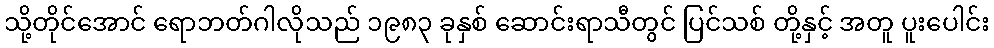
သို့တိုင်အောင် ရောဘတ်ဂါလိုသည် ၁၉၈၃ ခုနှစ် ဆောင်းရာသီတွင် ပြင်သစ် တို့နှင့် အတူ ပူးပေါင်း